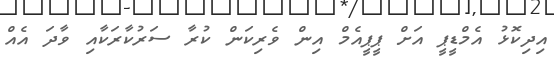
އިދިކޮޅު އެމްޑީޕީ އަށް ޕީޕީއެމް އިން ވެރިކަން ކުރާ ސަރުކާރަކާއި ވާދަ އެއް